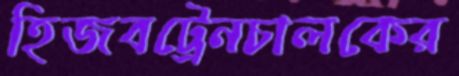
হিজবট্রেনচালকের